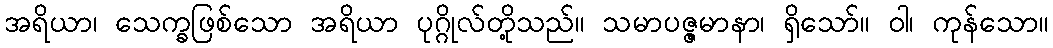
အရိယာ၊ သေက္ခဖြစ်သော အရိယာ ပုဂ္ဂိုလ်တို့သည်။ သမာပဇ္ဇမာနာ၊ ရှိသော်။ ဝါ၊ ကုန်သော။